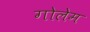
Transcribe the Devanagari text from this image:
गोलेम